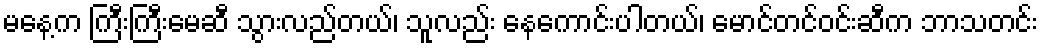
မနေ့က ကြီးကြီးမေဆီ သွားလည်တယ်၊ သူလည်း နေကောင်းပါတယ်၊ မောင်တင်ဝင်းဆီက ဘာသတင်း